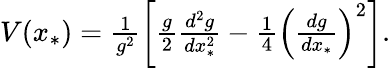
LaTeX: \begin{array}{r}{V(x_{*})=\frac{1}{g^{2}}\left[\frac{g}{2}\frac{d^{2}g}{dx_{*}^{2}}-\frac{1}{4}\left(\frac{dg}{dx_{*}}\right)^{2}\right].}\end{array}